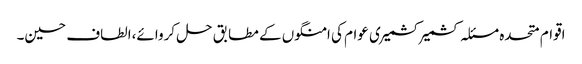
اقوام متحدہ مسئلہ کشمیر کشمیری عوام کی امنگوں کے مطابق حل کروائے،الطاف حسین۔